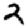
Digit: 2